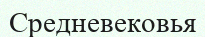
Средневековья